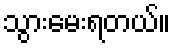
သွားမေးရတယ်။